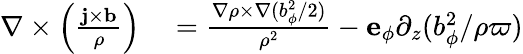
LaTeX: \begin{array}{rl}{\nabla\times\left(\frac{{\mathbf{j}}\times{\mathbf{b}}}{\rho}\right)}&{{}=\frac{\nabla\rho\times\nabla(b_{\phi}^{2}/2)}{\rho^{2}}-{\mathbf{e}}_{\phi}\partial_{z}(b_{\phi}^{2}/\rho\varpi)}\end{array}